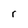
Character: r